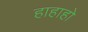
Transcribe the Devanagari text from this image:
हाहाहो